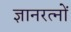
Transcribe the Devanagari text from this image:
ज्ञानरत्नों